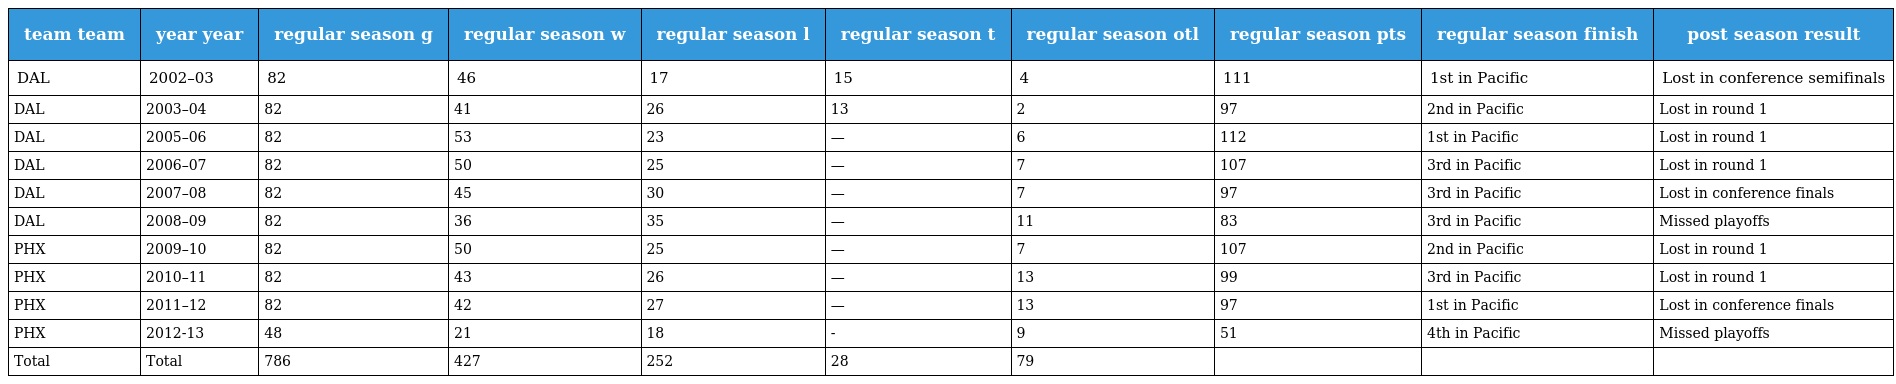
| team team | year year | regular season g | regular season w | regular season l | regular season t | regular season otl | regular season pts | regular season finish | post season result |
 | --- | --- | --- | --- | --- | --- | --- | --- | --- | --- |
 | DAL | 2002–03 | 82 | 46 | 17 | 15 | 4 | 111 | 1st in Pacific | Lost in conference semifinals |
 | DAL | 2003–04 | 82 | 41 | 26 | 13 | 2 | 97 | 2nd in Pacific | Lost in round 1 |
 | DAL | 2005–06 | 82 | 53 | 23 | — | 6 | 112 | 1st in Pacific | Lost in round 1 |
 | DAL | 2006–07 | 82 | 50 | 25 | — | 7 | 107 | 3rd in Pacific | Lost in round 1 |
 | DAL | 2007–08 | 82 | 45 | 30 | — | 7 | 97 | 3rd in Pacific | Lost in conference finals |
 | DAL | 2008–09 | 82 | 36 | 35 | — | 11 | 83 | 3rd in Pacific | Missed playoffs |
 | PHX | 2009–10 | 82 | 50 | 25 | — | 7 | 107 | 2nd in Pacific | Lost in round 1 |
 | PHX | 2010–11 | 82 | 43 | 26 | — | 13 | 99 | 3rd in Pacific | Lost in round 1 |
 | PHX | 2011–12 | 82 | 42 | 27 | — | 13 | 97 | 1st in Pacific | Lost in conference finals |
 | PHX | 2012-13 | 48 | 21 | 18 | - | 9 | 51 | 4th in Pacific | Missed playoffs |
 | Total | Total | 786 | 427 | 252 | 28 | 79 |  |  |  |